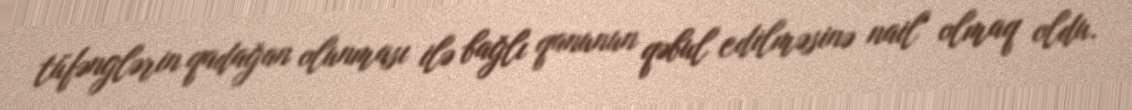
tüfənglərin qadağan olunması ilə bağlı qanunun qəbul edilməsinə nail olmaq oldu.